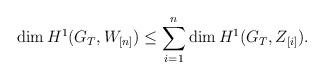
LaTeX: \begin{align*} \dim H^1(G_T, W_{[n]}) \leq \sum_{i=1}^{n} \dim H^1(G_T, Z_{[i]}). \end{align*}